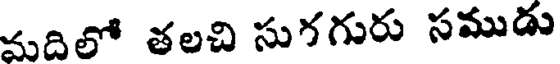
మదిలో తలచి సుగగురు సముడు